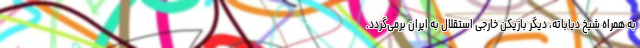
به همراه شیخ دیاباته، دیگر بازیکن خارجی استقلال به ایران برمی‌گردد.